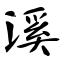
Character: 溪